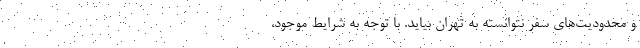
و محدودیت‌های سفر نتوانسته به تهران بیاید. با توجه به شرایط موجود،